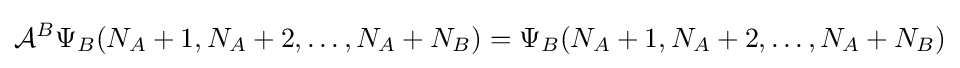
{\mathcal {A}}^{B}\Psi _{B}(N_{A}+1,N_{A}+2,\dots ,N_{A}+N_{B})=\Psi _{B}(N_{A}+1,N_{A}+2,\dots ,N_{A}+N_{B})